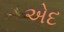
એદ